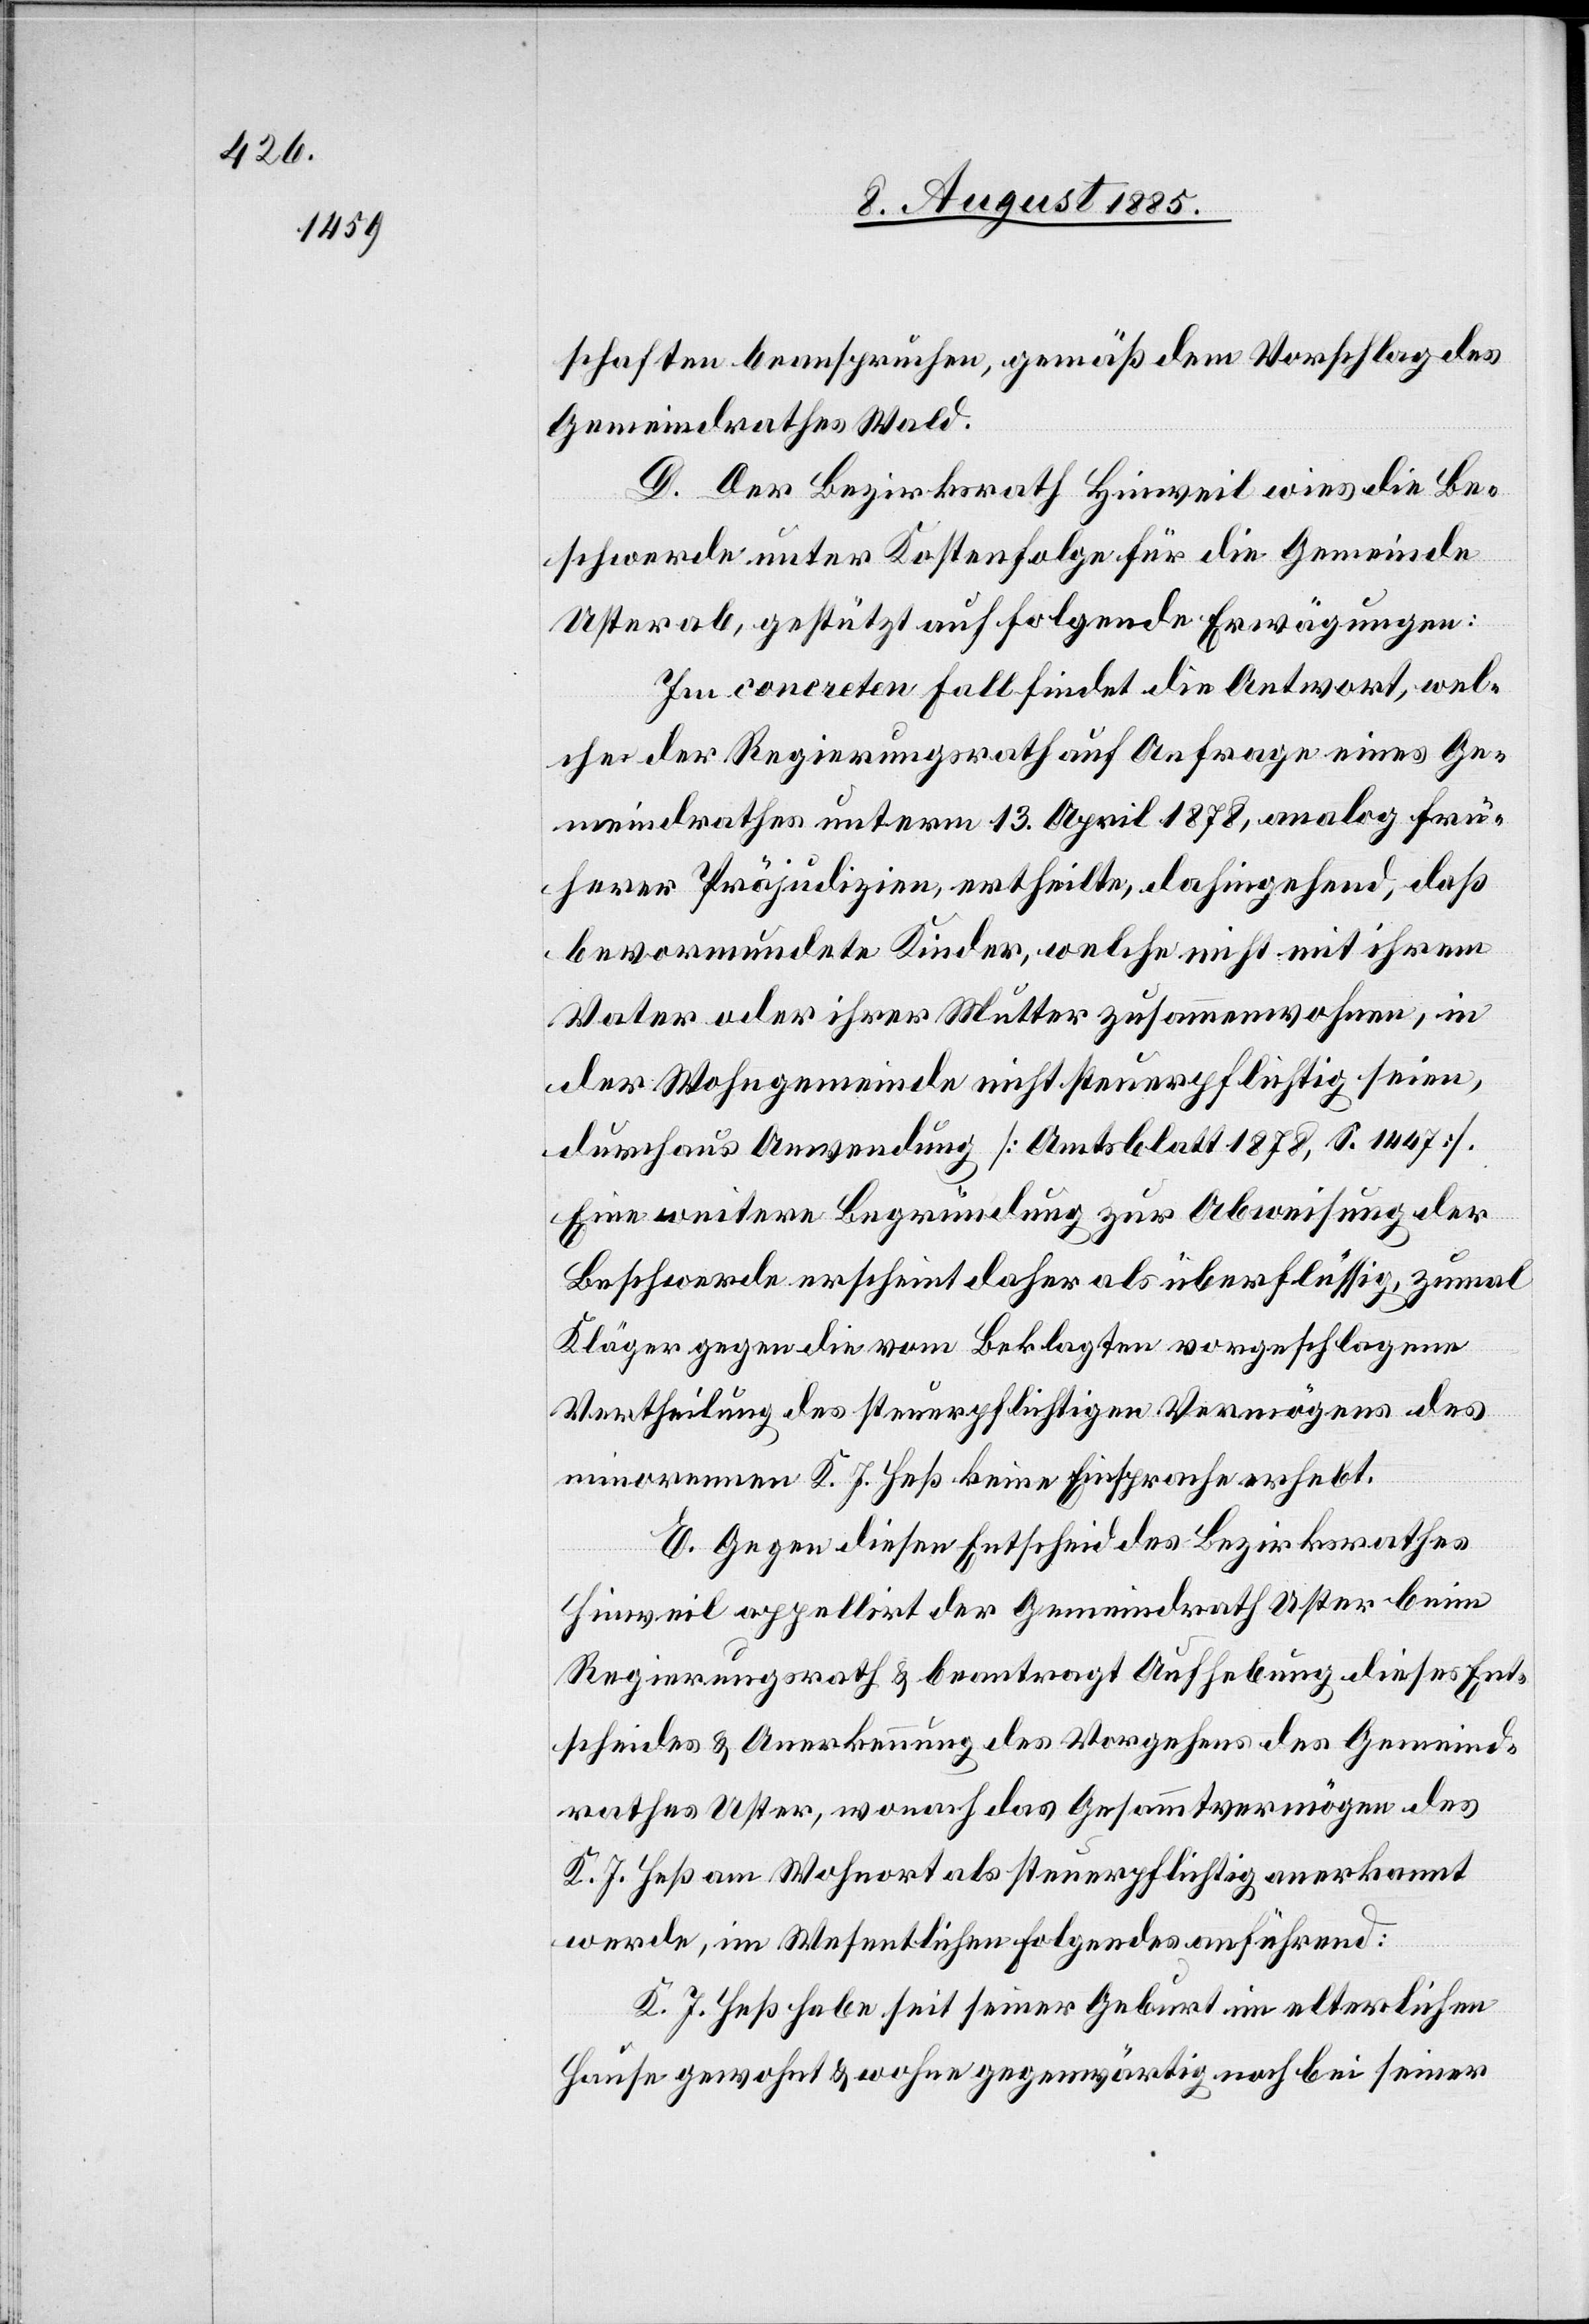
schaften beanspruchen, gemäß dem Vorschlag des
Gemeindrathes Wald.
D. Der Bezirksrath Hinweil wies die Be¬
schwerde unter Kostenfolge für die Gemeinde
Uster ab, gestützt auf folgende Erwägungen:
Im concreten Fall findet die Antwort, wel¬
che der Regierungsrath auf Anfrage eines Ge¬
meindrathes unterm 13. April 1878, analog frü¬
herer Präjudizien, ertheilte, dahingehend, daß
bevormundete Kinder, welche nicht mit ihrem
Vater oder ihrer Mutter zusammenwohnen, in
der Wohngemeinde nicht steuerpflichtig seien,
durchaus Anwendung [Amtsblatt 1878, S. 1447].
Eine weitere Begründung zur Abweisung der
Beschwerde erscheint daher als überflüssig, zumal
Kläger gegen die vom Beklagten vorgeschlagene
Vertheilung des steuerpflichtigen Vermögens des
minorennen K. J. Heß keine Einsprache erhebt.
E. Gegen diesen Entscheid des Bezirksrathes
Hinweil appellirt der Gemeindrath Uster beim
Regierungsrath & beantragt Aufhebung dieses Ent¬
scheides & Anerkennung des Vorgehens des Gemeind¬
rathes Uster, wonach das Gesammtvermögen des
K. J. Heß am Wohnort als steuerpflichtig anerkannt
werde, im Wesentlichen Folgendes anführend:
K. J. Heß habe seit seiner Geburt im elterlichen
Hause gewohnt & wohne gegenwärtig noch bei seiner